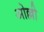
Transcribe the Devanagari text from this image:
ओल्ली